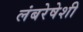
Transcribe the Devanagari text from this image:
लंबरेषेशी